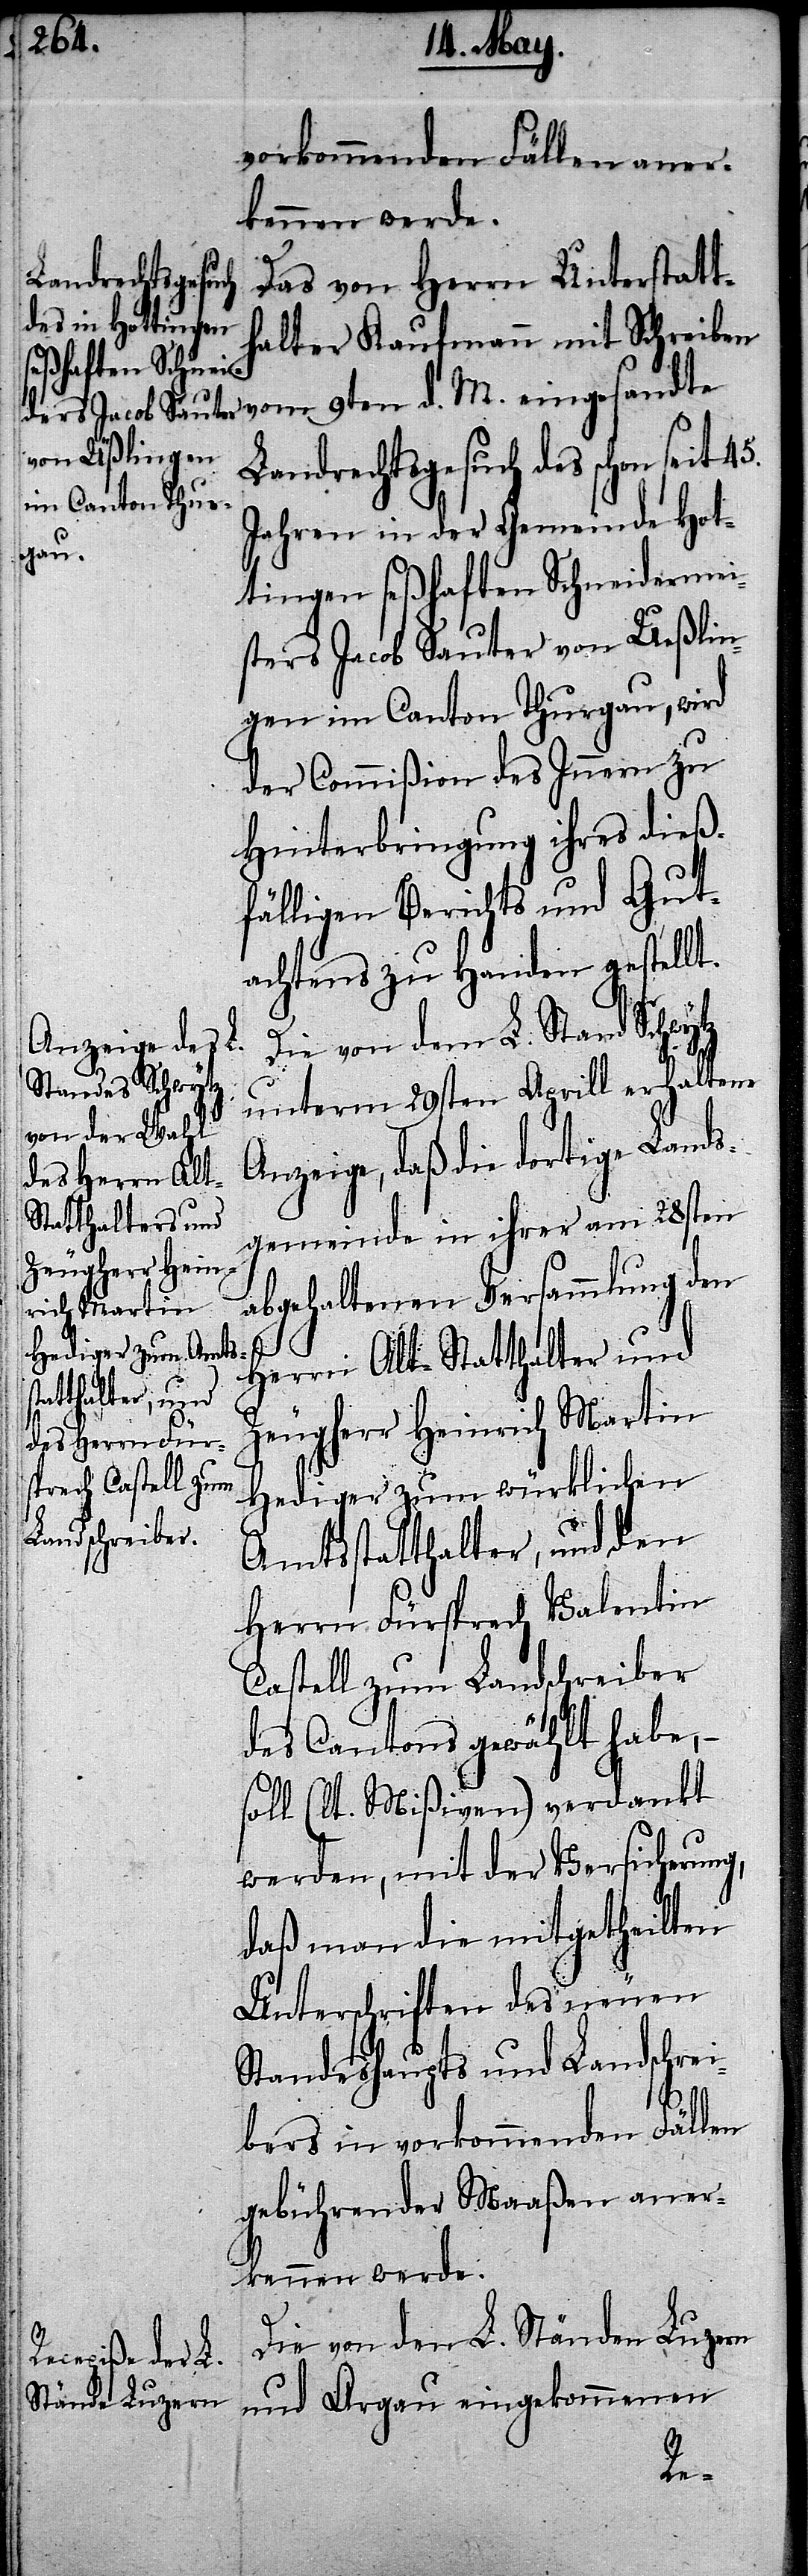
vorkommenden Fällen aner¬
kennen werde.
Das von Herrn Unterstatt¬
halter Kaufmann mit Schreiben
vom 9ten d. M. eingesandte
Landrechtsgesuch des schon seit
Jahren in der Gemeinde Hot¬
tingen seßhaften Schneidermei¬
sters Jacob Sauter von Ueßlin¬
gen im Canton Thurgau, wird
der Commißion des Innern zu
Hinterbringung ihres dieß¬
fälligen Berichts und Gut¬
achtens zu Handen gestellt.
Die von dem L. Stand
unterm 29sten Aprill erhaltene
Anzeige, daß die dortige Lands¬
gemeinde in ihrer am 28sten
abgehaltenen Versammlung den
Herrn Alt-Statthalter und
Zeugherr Heinrich Martin
Hediger zum würklichen
Amtsstatthalter, und den
Herrn Fürsprech Valentin
Castell zum Landschreiber
des Cantons gewählt habe, –
soll (lt. Mißiven) verdankt
werden, mit der Versicherung,
daß man die mitgetheilten
Unterschriften des neuen
Standeshaupts und Landschrei¬
bers in vorkommenden Fällen
gebührender Maaßen aner¬
kennen werde.
Die von den L. Ständen Luzern
und Argau eingekommenen